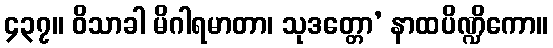
၄၃၇။ ဝိသာခါ မိဂါရမာတာ၊ သုဒတ္တော’ နာထပိဏ္ဍိကော။